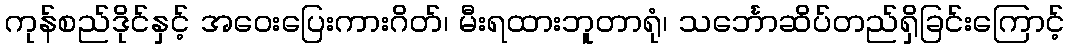
ကုန်စည်ဒိုင်နှင့် အဝေးပြေးကားဂိတ်၊ မီးရထားဘူတာရုံ၊ သင်္ဘောဆိပ်တည်ရှိခြင်းကြောင့်